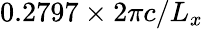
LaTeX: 0.2797\times 2\pi c/L_{x}